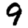
Digit: 9